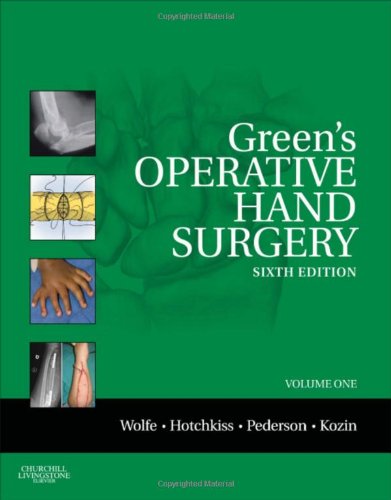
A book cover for Green's Operative Hand Surgery: 2-Volume Set, 6e (Operative Hand Surgery (Green's)); Scott W. Wolfe MD; Medical Books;